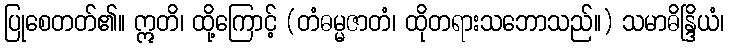
ပြုစေတတ်၏။ ဣတိ၊ ထို့ကြောင့် (တံဓမ္မဇာတံ၊ ထိုတရားသဘောသည်။) သမာဓိန္ဒြိယံ၊